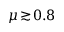
\mu \! \gtrsim \! 0 . 8